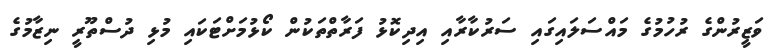
ވަޒީރުންގެ ރުހުމުގެ މައްސަލައިގައި ސަރުކާރާއި އިދިކޮޅު ފަރާތްތަކުން ކޯޅުމަށްޓަކައި މުޅި ދުސްތޫރީ ނިޒާމުގެ